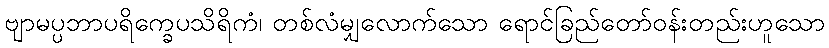
ဗျာမပ္ပဘာပရိက္ခေပသိရိကံ၊ တစ်လံမျှလောက်သော ရောင်ခြည်တော်ဝန်းတည်းဟူသော